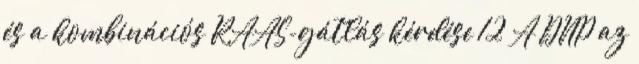
és a kombinációs RAAS-gátlás kérdése 12 A DNP az